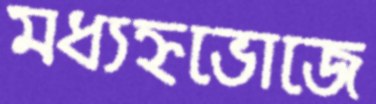
মধ্যহ্নভোজে